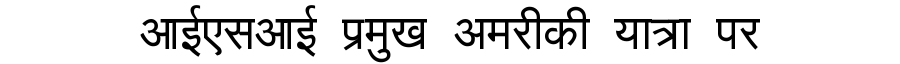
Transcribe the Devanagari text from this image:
आईएसआई प्रमुख अमरीकी यात्रा पर